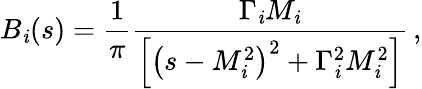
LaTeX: B_{\mathit{i}}(s)=\frac{{1}}{{\pi}}\frac{{\Gamma_{\mathit{i}}M_{\mathit{i}}}}{{\left[\left(s-M_{\mathit{i}}^{2}\right)^{2}+\Gamma_{\mathit{i}}^{2}M_{\mathit{i}}^{2}\right]}}\, ,